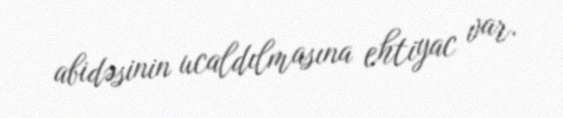
abidəsinin ucaldılmasına ehtiyac var.